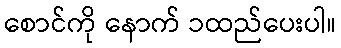
စောင်ကို နောက် ၁ထည်ပေးပါ။